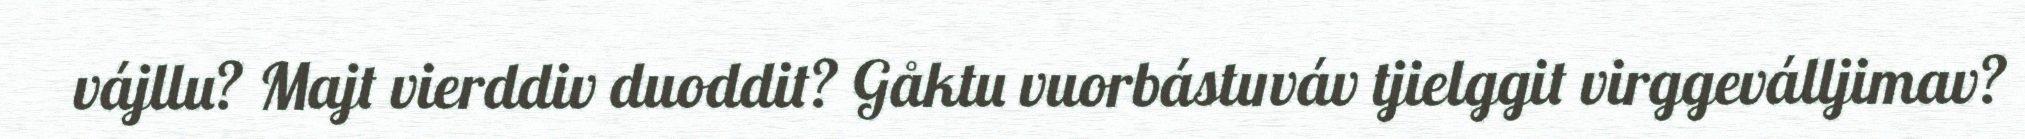
vájllu? Majt vierddiv duoddit? Gåktu vuorbástuváv tjielggit virggeválljimav?